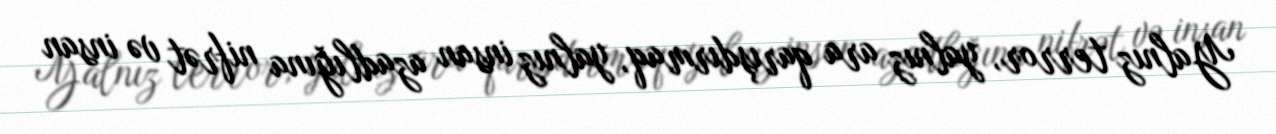
Yalnız terror, yalnız ara qarışdırmaq, yalnız insan azadlığına nifrət və insan